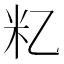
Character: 𬖋